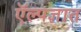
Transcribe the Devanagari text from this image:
ऍल्पज्ञात